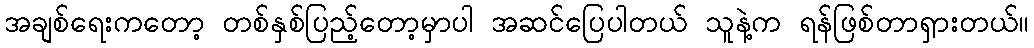
အချစ်ရေးကတော့ တစ်နှစ်ပြည့်တော့မှာပါ အဆင်ပြေပါတယ် သူနဲ့က ရန်ဖြစ်တာရှားတယ်။